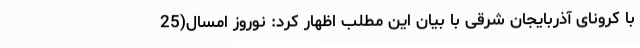
با کرونای آذربایجان‌ شرقی با بیان این مطلب اظهار کرد: نوروز امسال(25